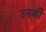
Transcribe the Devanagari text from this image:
उनकीे